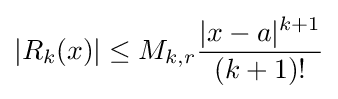
|R_{k}(x)|\leq M_{k,r}{\frac {|x-a|^{k+1}}{(k+1)!}}